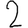
Digit: 2